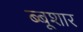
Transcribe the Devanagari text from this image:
ब्बूशार